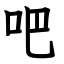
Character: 吧